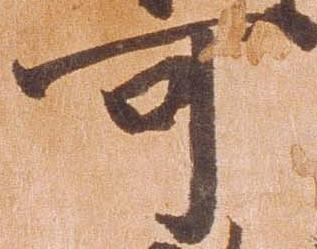
可